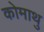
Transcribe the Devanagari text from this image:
कोमाथु